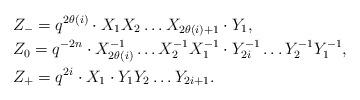
LaTeX: \begin{align*}&Z_- = q^{2\theta(i)} \cdot X_1X_2 \dots X_{2\theta(i)+1} \cdot Y_1, \\&Z_0 = q^{-2n} \cdot X_{2\theta(i)}^{-1} \dots X_2^{-1}X_1^{-1} \cdot Y_{2i}^{-1} \dots Y_2^{-1}Y_1^{-1}, \\&Z_+ = q^{2i} \cdot X_1 \cdot Y_1Y_2 \dots Y_{2i+1}.\end{align*}